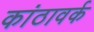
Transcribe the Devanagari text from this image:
कांठावर्क